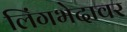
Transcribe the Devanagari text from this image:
लिंगभेदावर